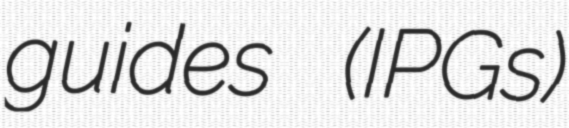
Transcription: guides (IPGs)